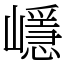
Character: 嶾